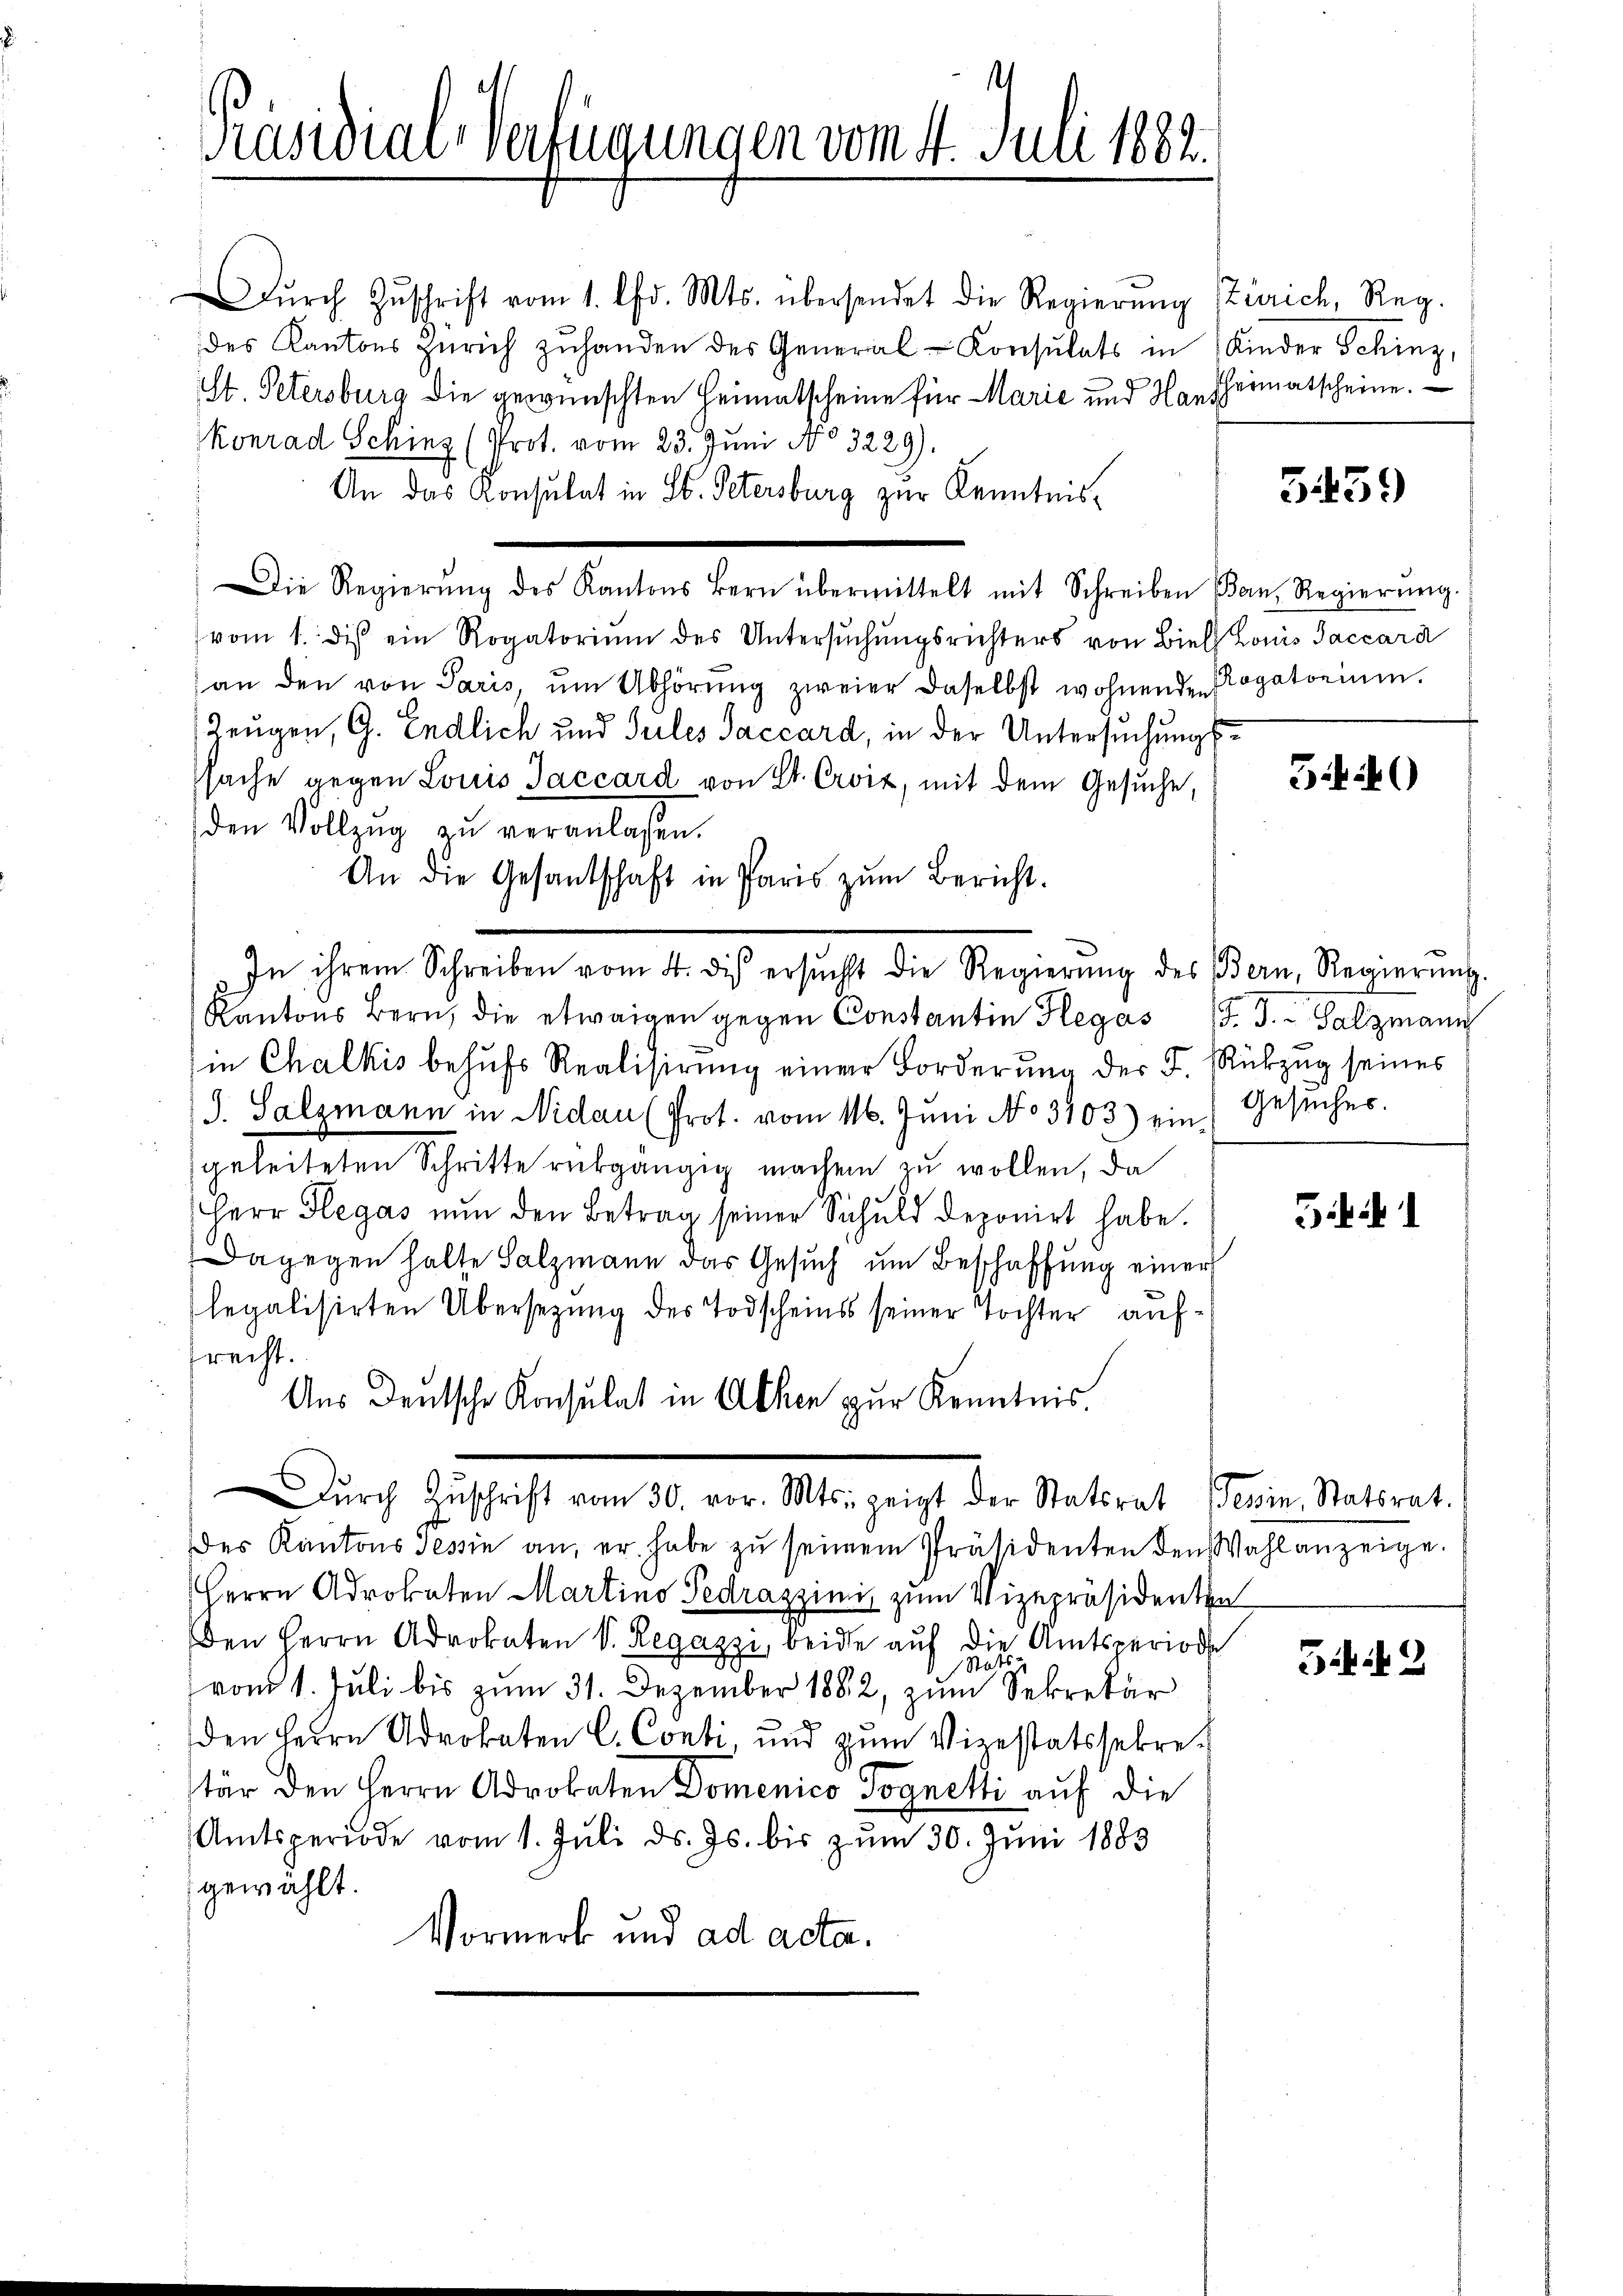
Präsidial-Verfügungen vom 4. Juli 1882.

An die Gesantschaft in Paris zŭm Bericht.

Dŭrch Zŭschrift vom 1. Chr. Mts. übersendet die Regierŭng
des Kantons Zürich zŭhanden des General-Konsulats in
ist. Petersburg die gewünschten Heimatscheine für Marie und Hartheimatscheine.
4
Konrad Schinz (Prot. vom 23. Juni No 3229).
An das Konsulat in St. Petersburg zur Kenntnis¬
Die Regierŭng des Kantons Bern übermittelt mit Schreiben (Ban, Regierŭng.
vom 1. des ein Rogatorium des Untersŭchŭngsrichters von Biel Louis Jaccard
an den von Paris, ŭm Abhörŭng zweier daselbst wohnenden Rogatorium.
Zeugen, G. Endlich und Sules Saccard, in der Untersuchungssache gegen Louis Jaccard von St. Crviz, mit dem Gesuche,
den Vollzug zu veranlaßen.
In ihrem Schreiben vom 4. des ersŭcht die Regierŭng des Bern, Regierŭng.
Kantons Bern, die etwaigen gegen Constantin Heges J. J. Salzmann
in Chalkis behŭfs Realisirung einer Forderŭng der F. Rückzug seines
J. Salzmann in Nidau (Prot. vom 16. Juni No 3103) ein Gesŭcher.
geleiteten Schritte rückgängig machen zu wollen, da
Herr Hegas nun den Betrag seiner Schuld deponirt habe.
Dagegen halte Salzmann das Gesuch um Beschaffung einer
legalisirten Übersetzung des Todscheins seiner Tochter aufprecht.
Aus Deutsche Konsulat in Athen zur Kenntnis.
Dŭrch Zŭschrift vom 30. vor. Mts. zeigt der Statsrat Tessin, Statsrat.
des Kantons Tessin an, er habe zŭ seinem Präsidenten den Wahl anzeige.
Herrn Advokaten Martino Pedrazzinis zum Vizepräsidenten
Den Herrn Advokaten V. Regazzi, beide auf die Amtsperiode
V 1 Sto
vom 1. Juli bis zum 31. Dezember 1882, zum Sekretär
den Herrn Advokaten C. Conti, und zum Vizestatssekretär den Herrn Advokaten Domenico Pognetti auf die
Amtsperiode vom 1. Juli d. Js. bis zum 30. Juni 1883
gewählt.
Vormerk und ad acta.

Zürich, Reg.
Kinder Schinz,

5459

540

51

52